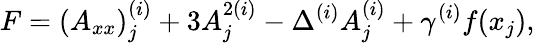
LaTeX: F=(A_{xx})_{j}^{(i)}+3A_{j}^{2{(i)}}-\Delta^{(i)}A_{j}^{(i)}+\gamma^{(i)}f(x_{j}),